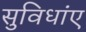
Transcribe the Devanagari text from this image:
सुविधांए